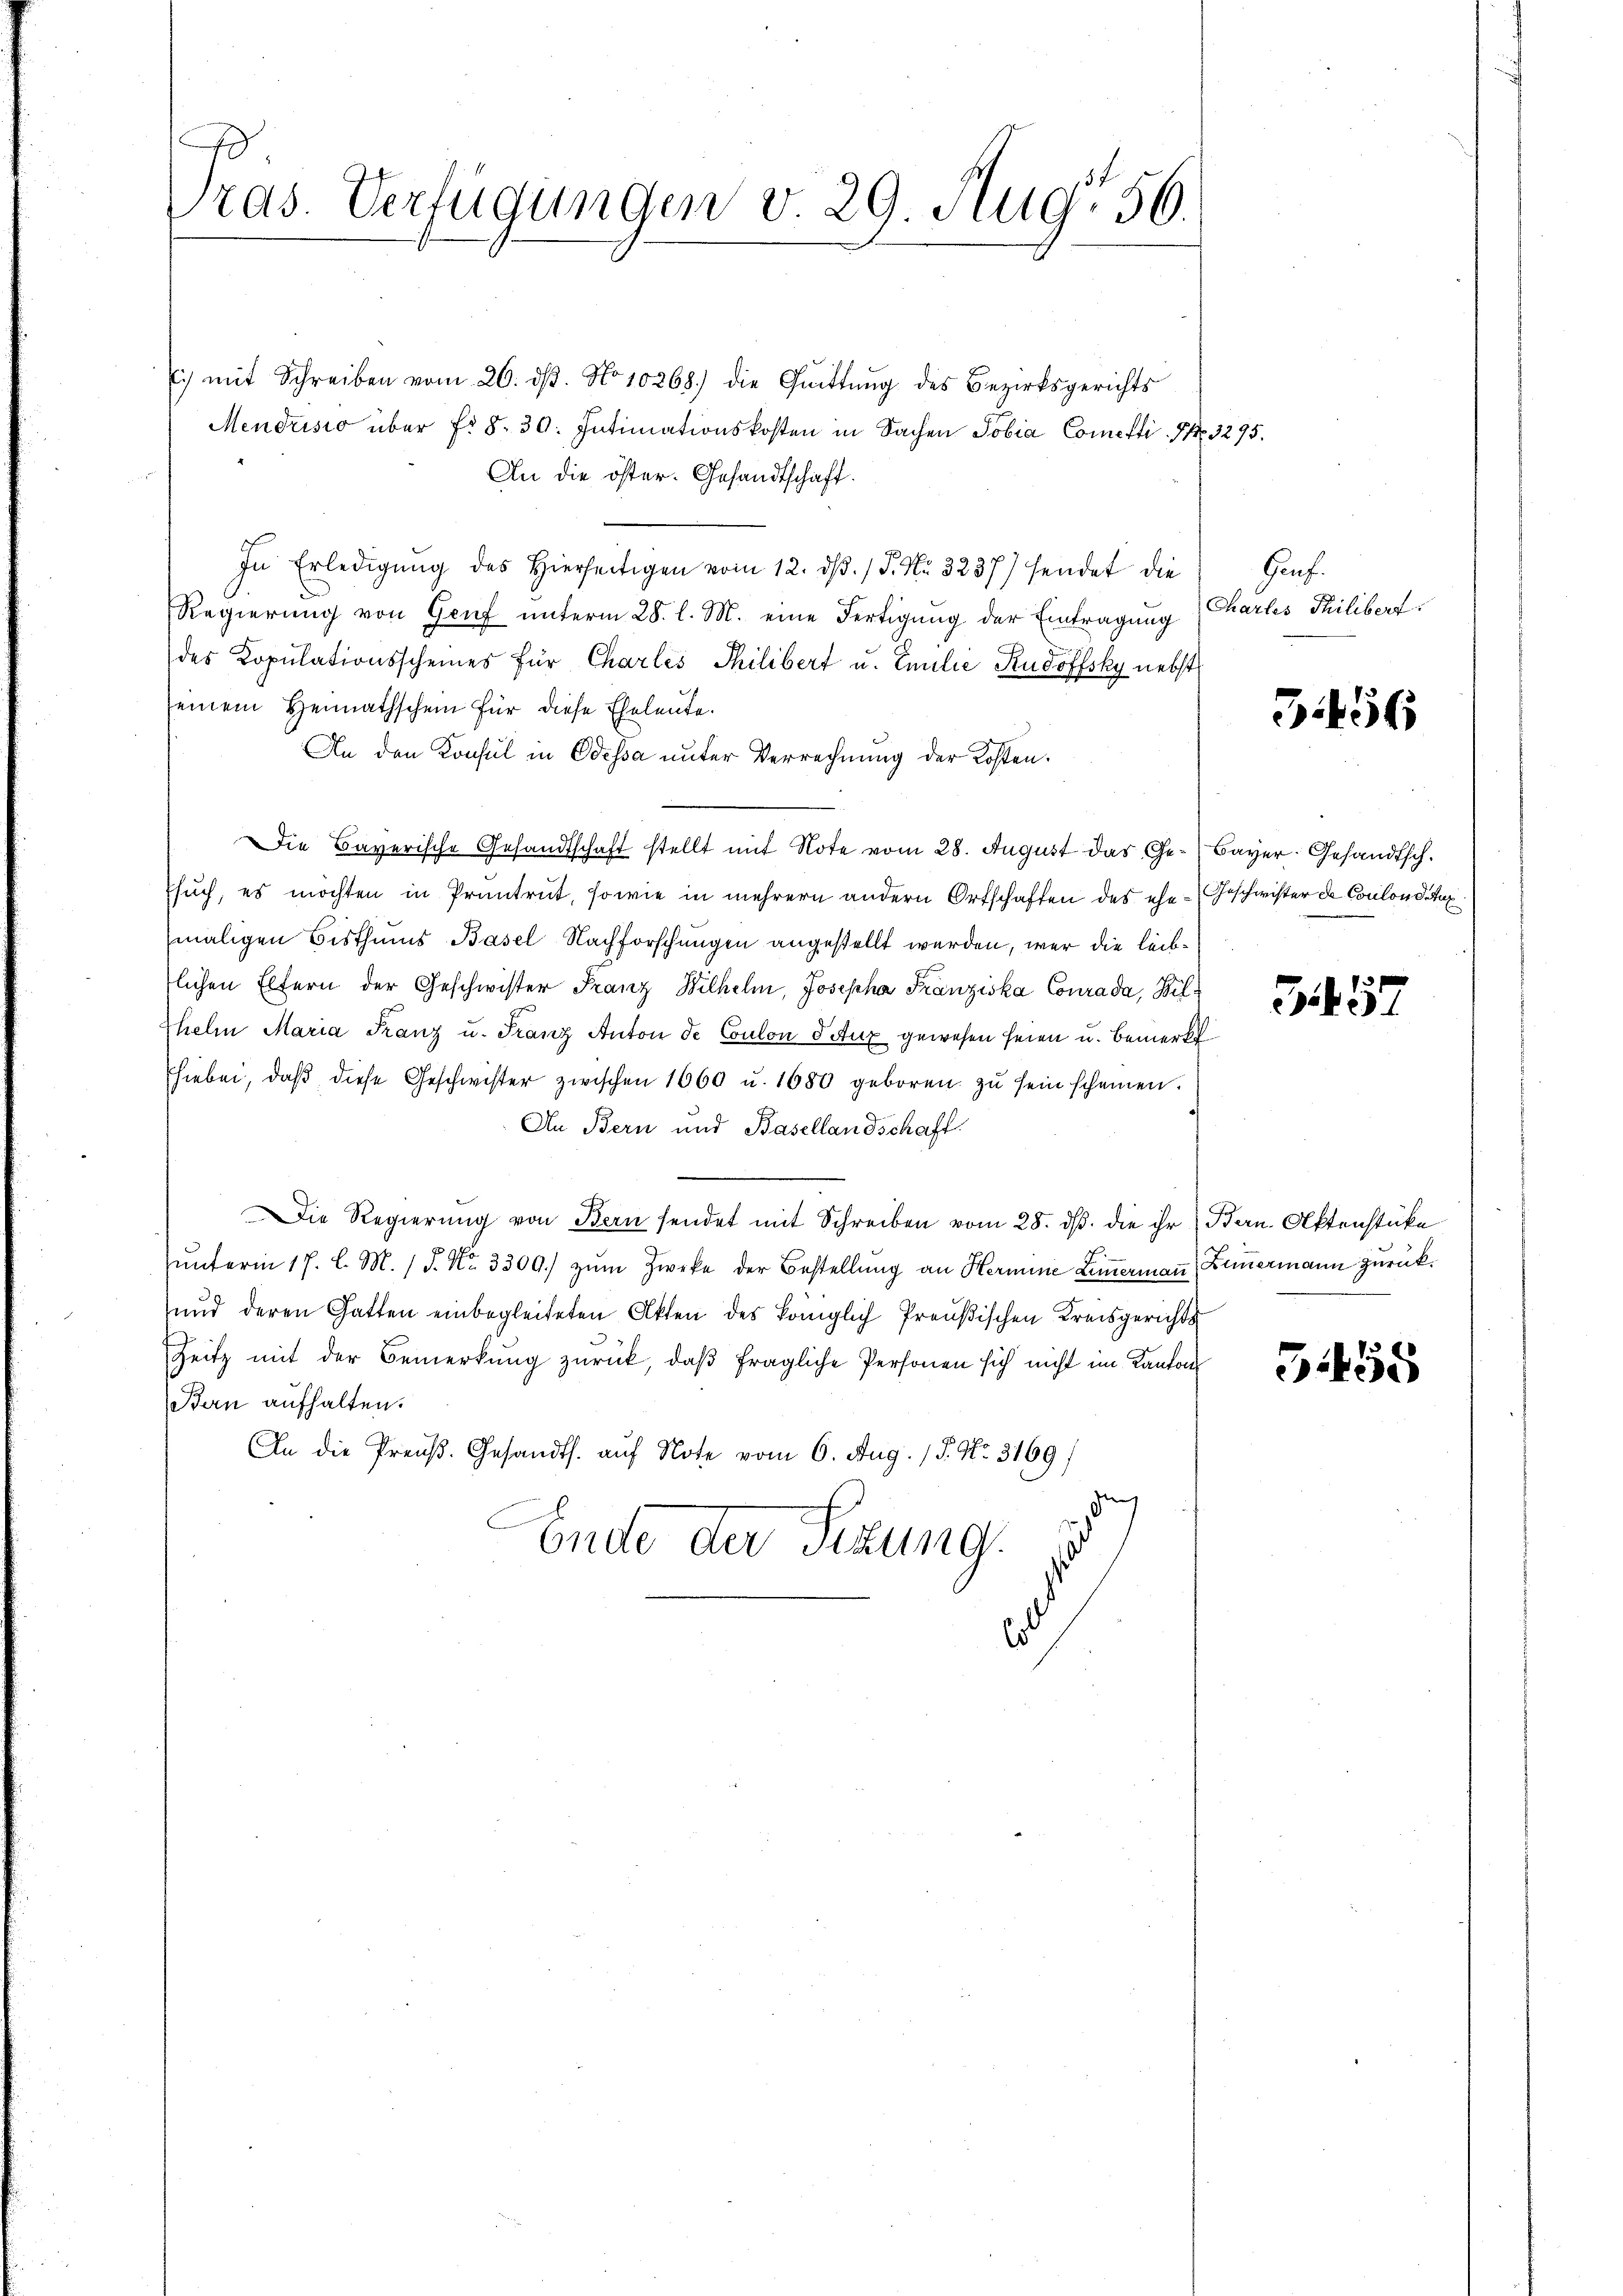
Pras. Verfügungen v. 29. Aug. 56.

) mit Schreiben vom 26. dβ. No 10268) die Quittŭng des Bezirksgerichts
Mendrisio über fr. 8. 30. Intimationskosten in Sachen Tobia Cometti. No. 3295.
An die öster. Gesandtschaft.
In Erledigŭng des hierseitigen vom 12. dβ. / P. Nr. 3237) hendet die Genf
Regierŭng von Genf unterm 28. l. M. eine Fertigung der Eintragung
des Kopulationsscheines für Charles Philibert u. Emilie Rudoffsky nebst
seinem Heimathschein für diese Eheleute.
An den Konsul in Odessa unter Verrechnung der Kosten.
Die Bayerische Gesandtschaft stellt mit Note vom 28. August das Ge- Bayer, Gesandtsch.
such, es möchten in Pruntrut, sowie in mehrern andern Ortschaften des ehe - Geschwister de Coulon deux
maligen Bisthums Basel Nachforschungen angestellt werden, wer die leibtlichen Eltern der Geschwister Franz Wilhelm, Josepha Franziska Conrada, Bilhelm Maria Franz u. Franz Anton de Coulon deux gewesen seien u. bemerkt
hiebei, daß diese Geschwister zwischen 1660 u. 1680 geboren zu sein scheinen.
An Bern und Basellandschaft.
Die Regierung von Bern sendet mit Schreiben vom 28. ds. die ihr Bern Aktenstüke
ŭnterm 17. l. M. 1 S. Nr. 3300. zŭm Zwecke der Bestellung an Hermine Limermaṅ, Zimmermann zurückŭnd deren Gatten einbegleiteten Akten des königlich Preußischen Kreisgerichts
Zeitz mit der Bemerkung zurück, daß fragliche Personen sich nicht im Kanton
Bern aufhalten.
An die Preuß. Gesandts. auf Note vom 6. Aug. 15. No. 3169/
h
Ende der Sitzung
Es

Chartes Thilibert.

3456

357